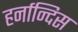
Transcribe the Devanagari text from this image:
हर्नान्दिस